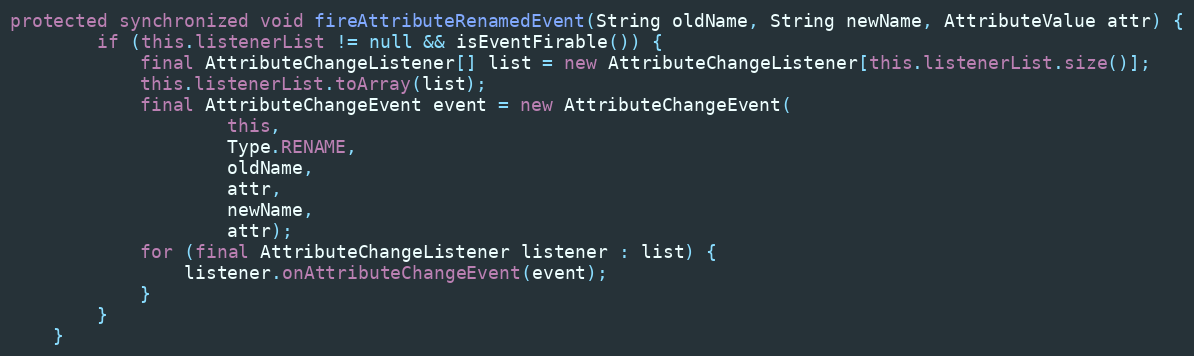
Language: Java
protected synchronized void fireAttributeRenamedEvent(String oldName, String newName, AttributeValue attr) {
		if (this.listenerList != null && isEventFirable()) {
			final AttributeChangeListener[] list = new AttributeChangeListener[this.listenerList.size()];
			this.listenerList.toArray(list);
			final AttributeChangeEvent event = new AttributeChangeEvent(
					this,
					Type.RENAME,
					oldName,
					attr,
					newName,
					attr);
			for (final AttributeChangeListener listener : list) {
				listener.onAttributeChangeEvent(event);
			}
		}
	}